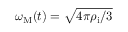
\omega _ { \mathrm { M } } ( t ) = \sqrt { 4 \pi \rho _ { \mathrm { i } } / 3 }